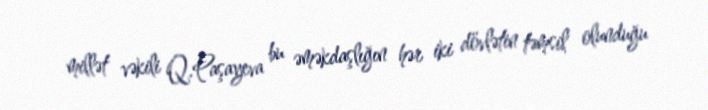
millət vəkili Q.Paşayeva bu əməkdaşlığın hər iki dövlətin təmsil olunduğu